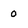
Character: 0